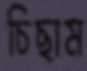
চিছাম